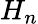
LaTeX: H_{n}